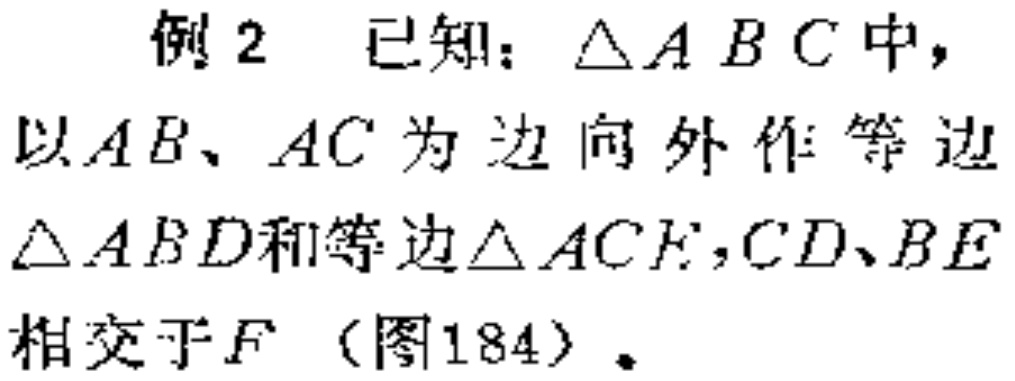
例2 已知：$\triangle ABC$中，以$AB、AC$为边向外作等边$\triangle ABD$和等边$\triangle ACE$，$CD、BE$相交于$F$（图184）。